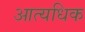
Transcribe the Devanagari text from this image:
आत्यधिक